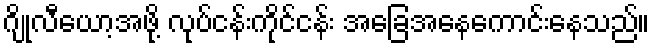
ဂျိုလီယော့အဖို့ လုပ်ငန်းကိုင်ငန်း အခြေအနေကောင်းနေသည်။